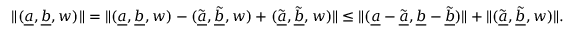
\lVert ( \underline { { a } } , \underline { { b } } , w ) \rVert = \lVert ( \underline { { a } } , \underline { { b } } , w ) - ( \tilde { \underline { { a } } } , \tilde { \underline { { b } } } , w ) + ( \tilde { \underline { { a } } } , \tilde { \underline { { b } } } , w ) \rVert \leq \lVert ( \underline { { a } } - \tilde { \underline { { a } } } , \underline { { b } } - \tilde { \underline { { b } } } ) \rVert + \lVert ( \tilde { \underline { { a } } } , \tilde { \underline { { b } } } , w ) \rVert .